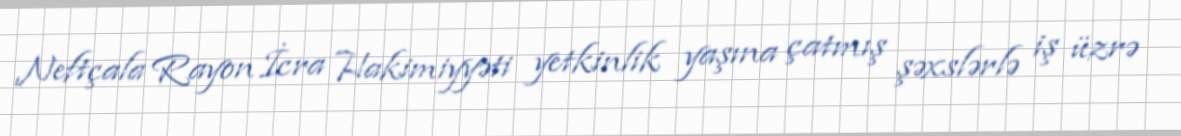
Neftçala Rayon İcra Hakimiyyəti yetkinlik yaşına çatmış şəxslərlə iş üzrə